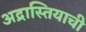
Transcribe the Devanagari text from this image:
अद्रास्तियाची